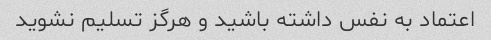
اعتماد به نفس داشته باشید و هرگز تسلیم نشوید